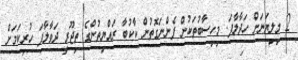
2 މިލިޔަނަށް ހަދާލާފަ. މިހިސާބުތަކުން ފެންނަގޮތުން ކާކުބާ ރައްޔިތުންގެ ތިޖޫރީ ދަވާލާފަ ހުރިކަމަށް